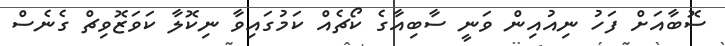
ސޮބާއަށް ފަހު ނިއުއިން ވަނީ ސާބިއާގެ ކޯޗެއް ކަމުގައިވާ ނިކޮލާ ކަވަޒޮވިޗް ގެނެސް